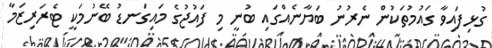
ގުޅިފައިވާ ގައުމުތަކުން ނެރުނު ބަޔާނެއްގައި ބުނީ މި ފައުޖުގެ މައިގަނޑު ބޭނުމަކީ ޓެރަރިޒަމާ